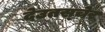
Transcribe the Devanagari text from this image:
देउतस्चेर